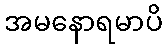
အမနောရမာပိ